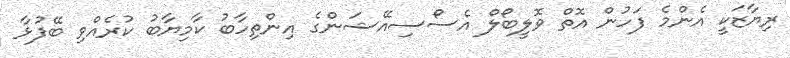
ރިޔާޒަކީ އެންމެ ފަހުން އޮތް ވޮލީބޯލް އެސޯސިއޭޝަންގެ އިންތިހާބު ކާމިޔާބު ކުރެއްވި ބޭފުޅާ